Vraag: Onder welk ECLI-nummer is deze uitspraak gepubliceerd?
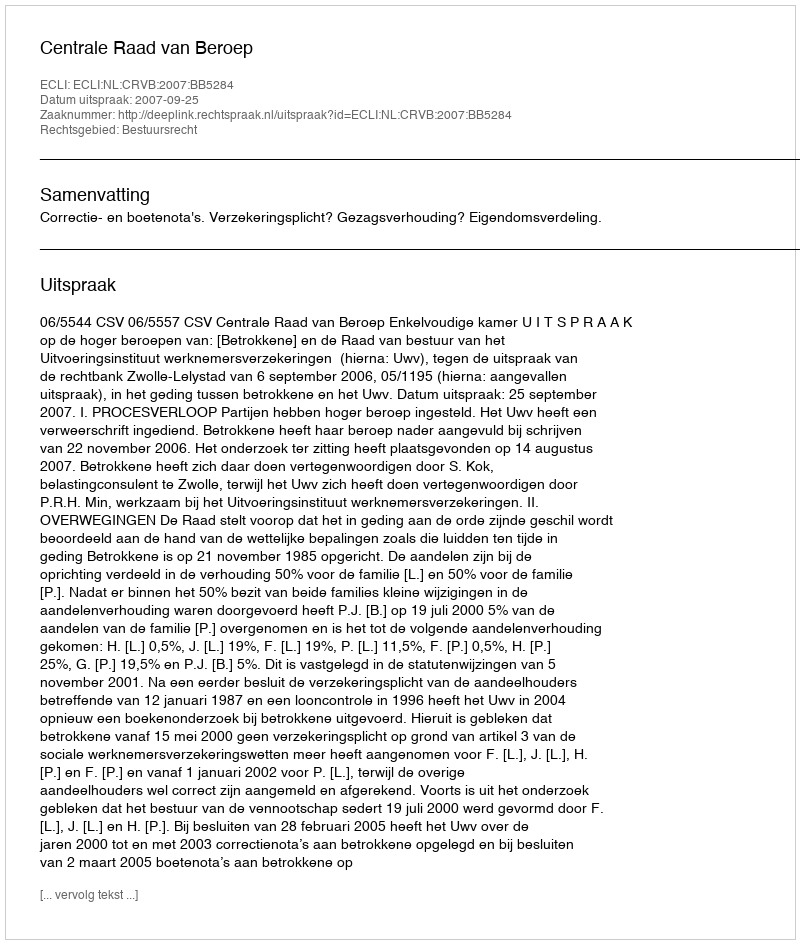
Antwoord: ECLI:NL:CRVB:2007:BB5284